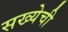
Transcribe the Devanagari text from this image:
सख्येची